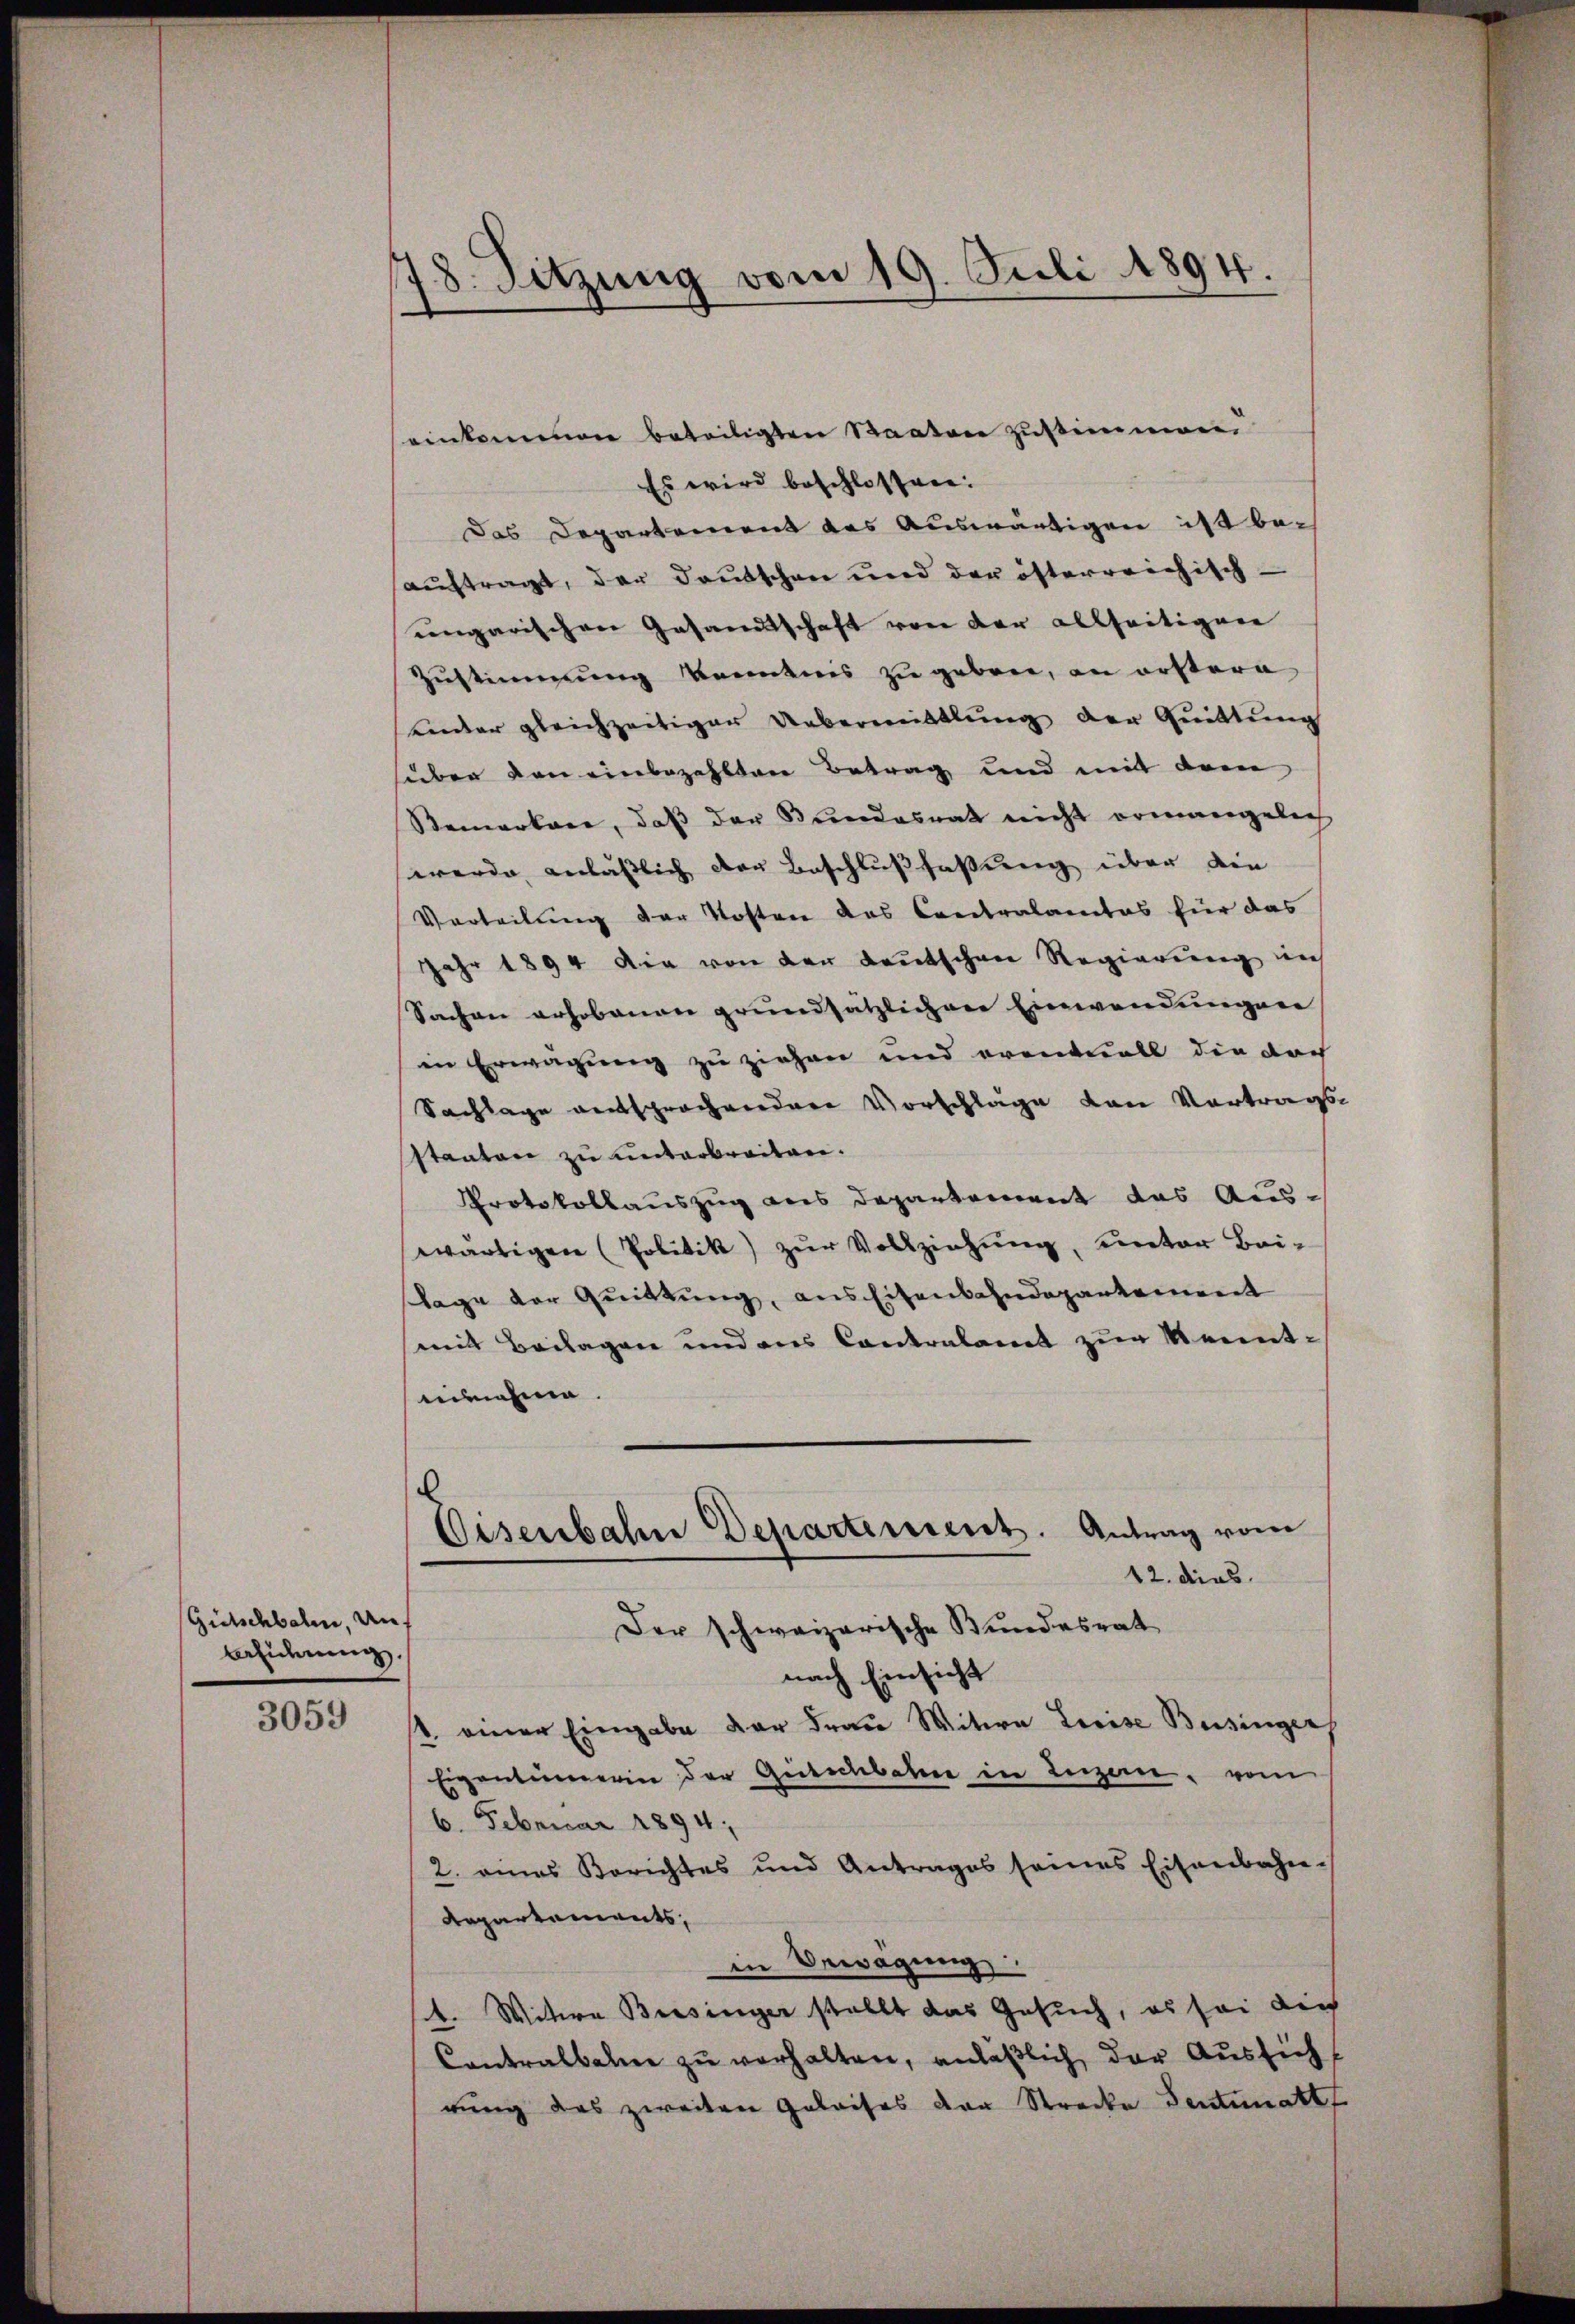
3059

78. Sitzung vom 19. Juli 1894.

Gütschbalen, Auf
Belierung

einkommen beteiligten Staaten zustimmen
Es wird beschlossen:
Das Departement das Auswärtigen ist beauftragt, der Deutschen und der öfterreichisch-
ungarischen Gesandtschaft von der allseitigen
Zustimmung kenntnis zu geben, an erstere
einder gleichzeitiger Uebermittlung der Quittung
süben von einbezahlten Betrag und mit dem
Remarkane, daß der Bundesrath nicht ermangelich
werde anlässlich den Beschlussfassung über die
Verteilung der Kosten das Contralamtes für das
Jahr 1894 die von der deutschen Regierung nich
Sachen erhobenen grundsätzlichen Einwendungen
in Erwägung zu ziehen und eventuell die doch
Sachlage entsprochendere Vorschläge von Vortragssstanton zu unterbreiten.
Protokollauszug aus Departement das Auswärtigen (Politik) zur Vollziehung, unter Bei-
lage der Quittung, aus Eisenbahndepartement
mit Beilagen und aus Contralamt zur Kenntinnahme.
e
Eisenbahne Departement. Antrag vom
12. dies
Der schweizerische Bundesrat
nach Einsicht
s. einer Eingabe der Fraŭ Witwe Leise Besinger
Eigentümerin der Gütschbahne in Luzern, vom
6. Februar 1894;
2. eines Berichtes und Antrages seines Eisenbahn-
Repartements,
in Bewegung
t. Witwe Biesinger stellt das Gesuch, es sei dich
Contralbahne zu verhalten, anläßlich der Aussicht
rung des zweiten Geleises der Strecke Sentimatt